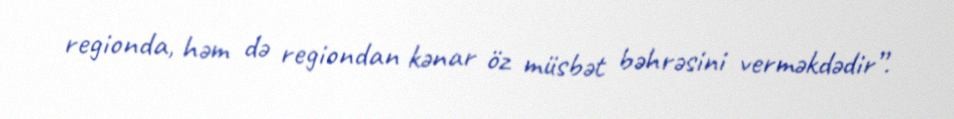
regionda, həm də regiondan kənar öz müsbət bəhrəsini verməkdədir”.